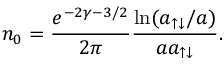
n _ { 0 } = \frac { e ^ { - 2 \gamma - 3 / 2 } } { 2 \pi } \frac { \ln ( a _ { \uparrow \downarrow } / a ) } { a a _ { \uparrow \downarrow } } .